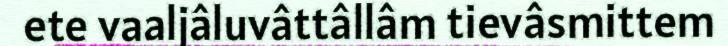
ete vaaljâluvâttâllâm tievâsmittem